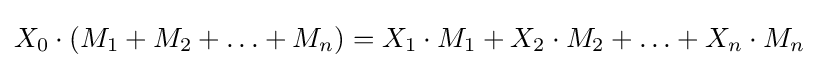
X_{0}\cdot (M_{1}+M_{2}+\ldots +M_{n})=X_{1}\cdot M_{1}+X_{2}\cdot M_{2}+\ldots +X_{n}\cdot M_{n}